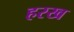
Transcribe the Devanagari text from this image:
हरख